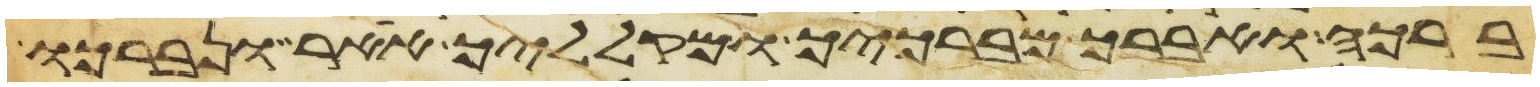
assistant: ברכה ואברך מברכיך ומקלליך אאר ונברכו